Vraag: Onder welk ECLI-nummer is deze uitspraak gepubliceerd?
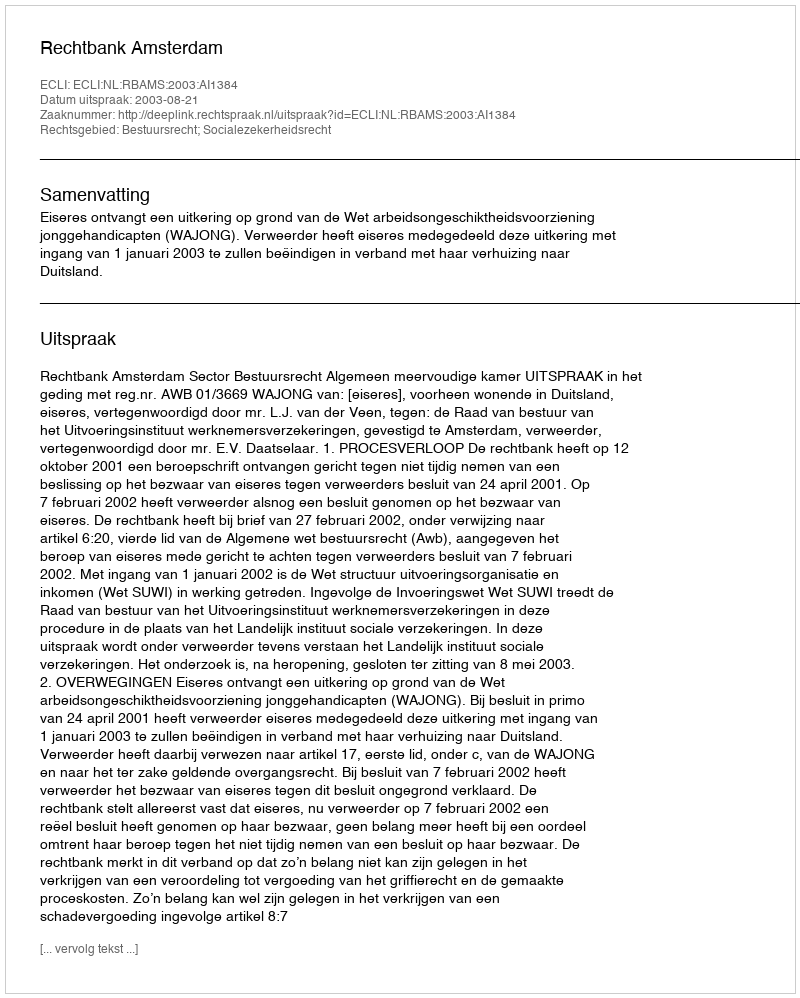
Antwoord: ECLI:NL:RBAMS:2003:AI1384